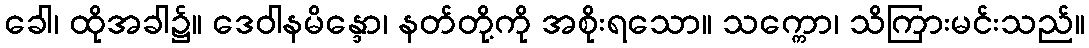
ခေါ၊ ထိုအခါ၌။ ဒေဝါနမိန္ဒော၊ နတ်တို့ကို အစိုးရသော။ သက္ကော၊ သိကြားမင်းသည်။